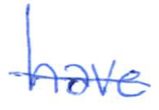
Text: have
Cross-out: single-line
Writing tool: ballpoint